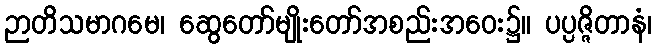
ဉာတိသမာဂမေ၊ ဆွေတော်မျိုးတော်အစည်းအဝေး၌။ ပပ္ပဇ္ဇိတာနံ၊